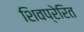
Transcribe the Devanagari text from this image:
शिवप्रेरित